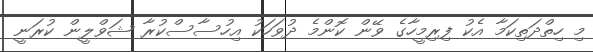
މި ހިތްދަތިކަމާ އެކު ފިރިމީހާގެ ވޭން ކޮންމެ ދުވަހަކު އިހުސާސްކުރާ ޝަވްލީން ކުރަނީ